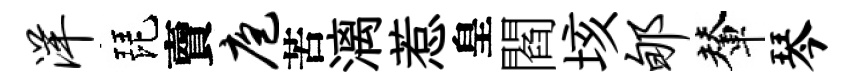
洋琵𧶠庖苦漓惹皇閻垓郇輦琴